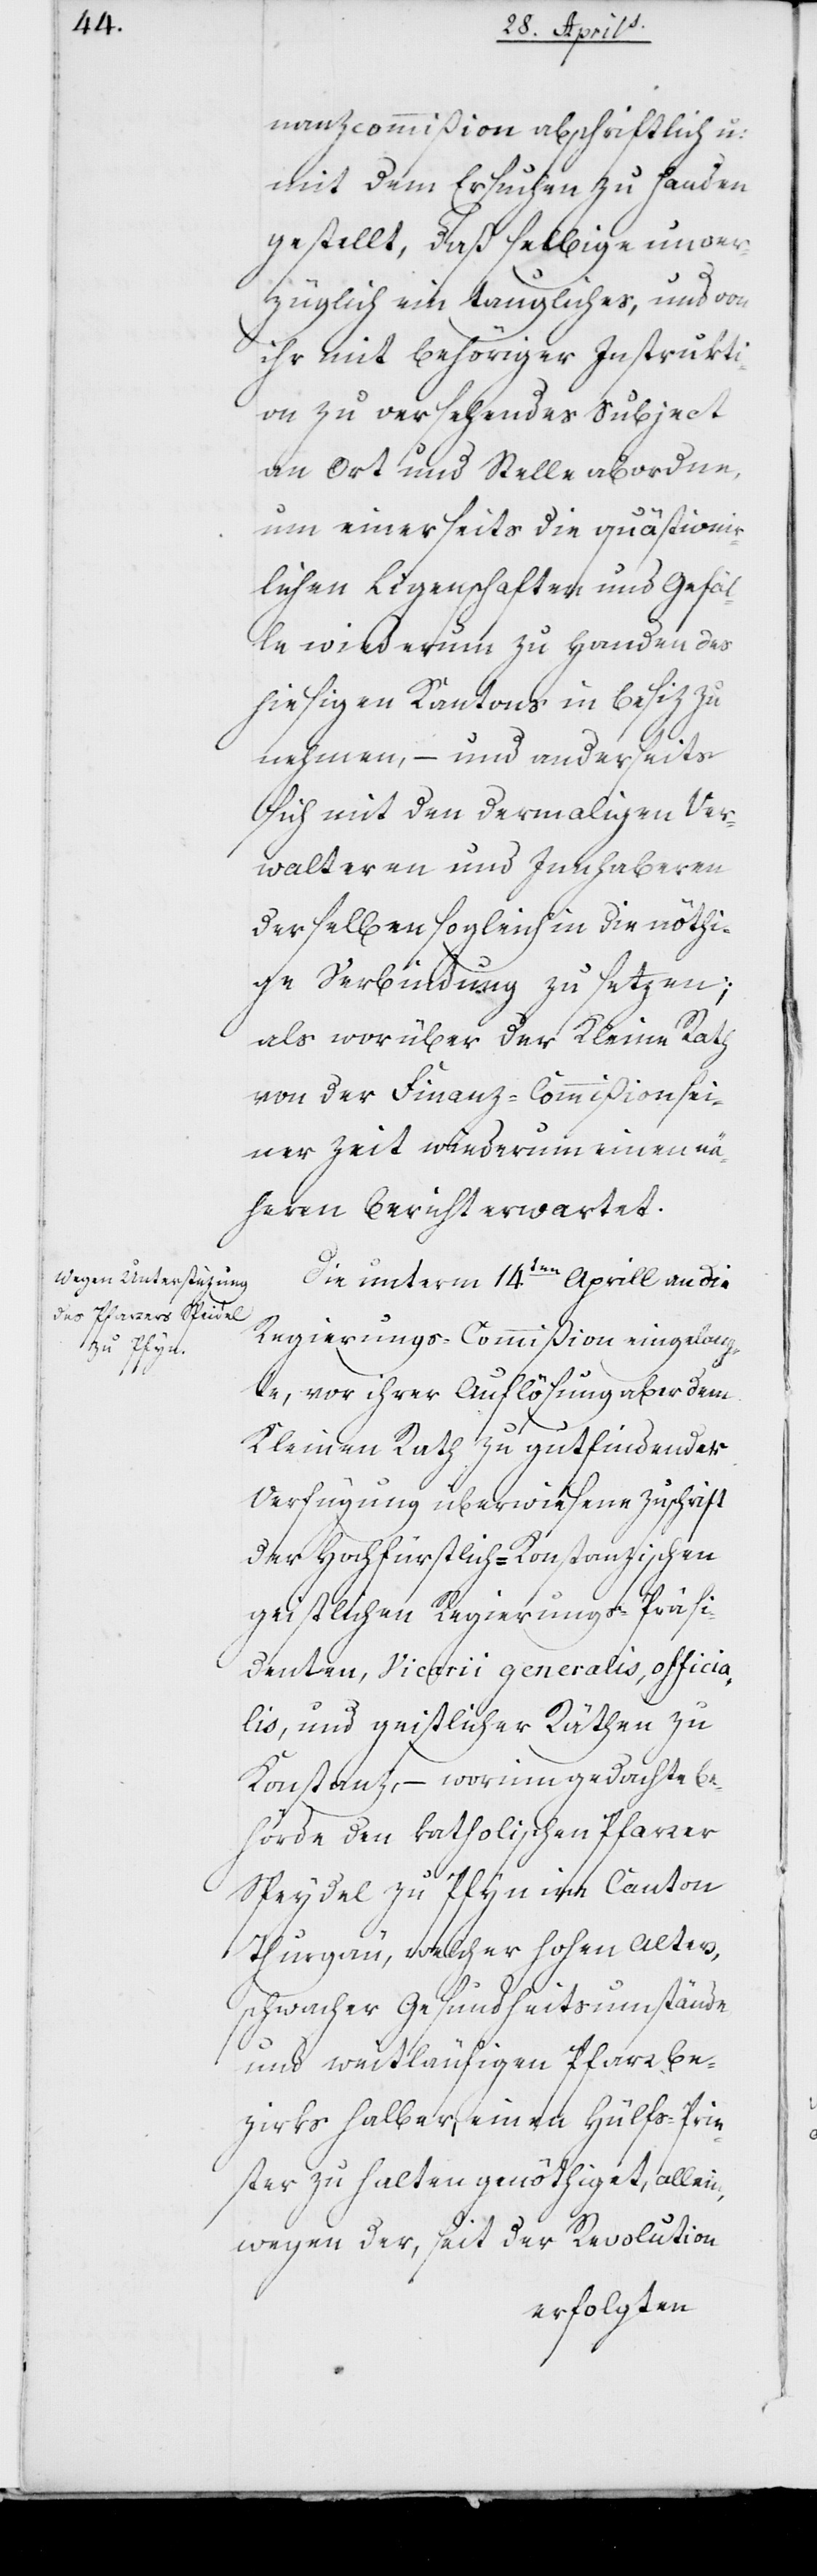
zu Pfyn

nanzcommißion abschriftlich und
mit dem Ersuchen zu Handen
gestellt, daß selbige unver¬
züglich ein taugliches, und von
ihr mit behöriger Instrukti¬
on zu versehendes Subject
an Ort und Stelle abordne,
um einerseits die quästionir¬
lichen Liegenschaften und Gefäl¬
le wiederum zu Handen des
hiesigen Kantons in Besiz zu
nehmen, – und anderseits
sich mit den dermaligen Ver¬
walteren und Inhaberen
derselben sogleich in die nöti¬
ge Verbindung zu setzen;
als worüber der Kleine Rath
von der Finanz-Commißion sei¬
ner Zeit wiederum einen nä¬
heren Bericht erwartet.
Die unterm 14ten Aprill an die
Regierungs-Commißion eingelang¬
te, vor ihrer Auflösung aber dem
Kleinen Rath zu gutfindender
Verfügung überwiesene Zuschrift
der Hochfürstlich-Konstanzischen
geistlichen Regierungs-Präsi¬
denten, Vicarii generalis, officia¬
lis, und geistlicher Räthen zu
Konstanz, – worinn gedachte Be¬
hörde den katholischen Pfarrer
Thurgau, welcher hohen Alters,
schwacher Gesundheitsumstände
und weitläufigen Pfarrbe¬
zirks halber, einen Hülfsprie¬
ster zu halten genötiget, allein
wegen der, seit der Revolution